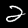
Digit: 2